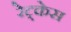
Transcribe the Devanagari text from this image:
रेट्केस